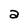
Character: a